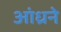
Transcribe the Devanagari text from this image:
आंध्रने